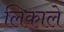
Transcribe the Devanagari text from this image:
लिकाले